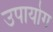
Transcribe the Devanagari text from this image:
उपायोग